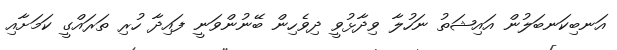
އަނބިކަނބަލުން އައިޝަތު ނަހުލާ ވިދާޅުވީ ދިވެހިން ބޭނުންވަނީ ފައިދާ ހުރި ތަރައްގީ ކަމަށާއި